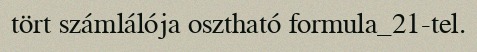
tört számlálója osztható formula_21-tel.